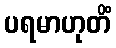
ပရမာဟုတိံ